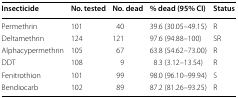
<table><thead><tr><td><b>Insecticide</b></td><td><b>No. tested</b></td><td><b>No. dead</b></td><td><b>% dead (95% CI)</b></td><td><b>Status</b></td></tr></thead><tbody><tr><td>Permethrin</td><td>101</td><td>40</td><td>39.6 (30.05–49.15)</td><td>R</td></tr><tr><td>Deltamethrin</td><td>124</td><td>121</td><td>97.6 (94.88–100)</td><td>SR</td></tr><tr><td>Alphacypermethrin</td><td>105</td><td>67</td><td>63.8 (54.62–73.00)</td><td>R</td></tr><tr><td>DDT</td><td>108</td><td>9</td><td>8.3 (3.12–13.54)</td><td>R</td></tr><tr><td>Fenitrothion</td><td>101</td><td>99</td><td>98.0 (96.10–99.94)</td><td>S</td></tr><tr><td>Bendiocarb</td><td>102</td><td>89</td><td>87.2 (81.26–93.25)</td><td>R</td></tr></tbody></table>